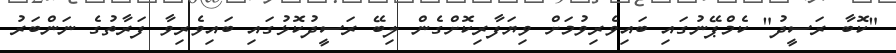
"ކޮބާ ރަސީދު" ކެމްޕޭނުގައި ބައިވެރިވުމަށް ވިޔަފާރިކޮށްގެން ލިބޭ ރަސީދުކޮޅުގައި ބައިވެރިވާ ފަރާތުގެ ނަންބަރު